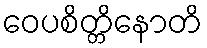
ဝေပစိတ္တိနောတိ